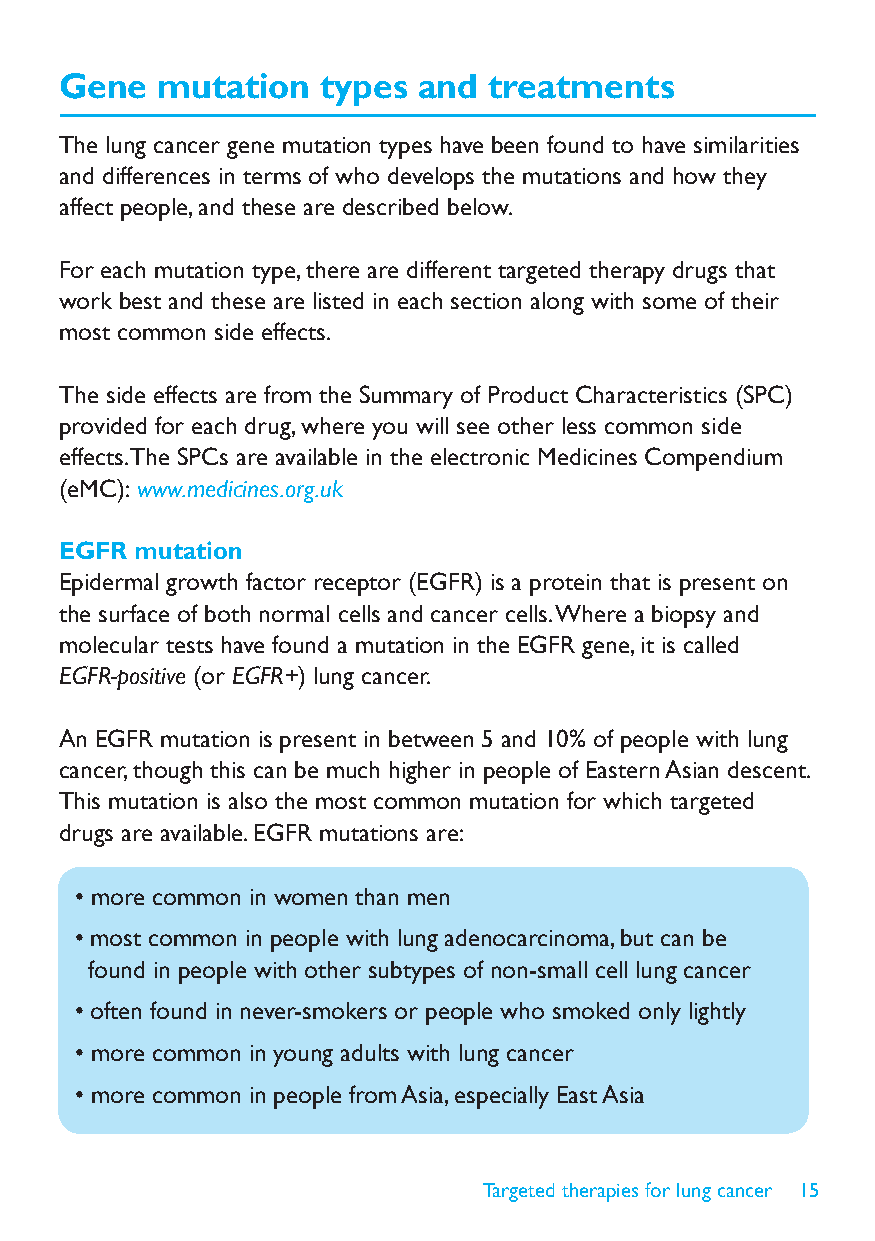
Gene  mutation   types  and treatments
 The lung cancer gene mutation types have been found to have similarities
 and differences in terms of who develops the mutations and how they
 affect people, and these are described below.
 For each mutation type, there are different targeted therapy drugs that
 work best and these are listed in each section along with some of their
 most common side effects.
 The side effects are from the Summary of Product Characteristics (SPC)
 provided for each drug, where you will see other less common side
 effects. The SPCs are available in the electronic Medicines Compendium
 (eMC): www.medicines.org.uk
 EGFR mutation
 Epidermal growth factor receptor (EGFR) is a protein that is present on
 the surface of both normal cells and cancer cells. Where a biopsy and
 molecular tests have found a mutation in the EGFR gene, it is called
 EGFR-positive (or EGFR+) lung cancer.
 An EGFR mutation is present in between 5 and 10% of people with lung
 cancer, though this can be much higher in people of Eastern Asian descent.
 This mutation is also the most common mutation for which targeted
 drugs are available. EGFR mutations are:
 • more common in women than men
 • most common in people with lung adenocarcinoma, but can be
 found in people with other subtypes of non-small cell lung cancer
 • often found in never-smokers or people who smoked only lightly
 • more common in young adults with lung cancer
 • more common in people from Asia, especially East Asia
 Targeted therapies for lung cancer 15